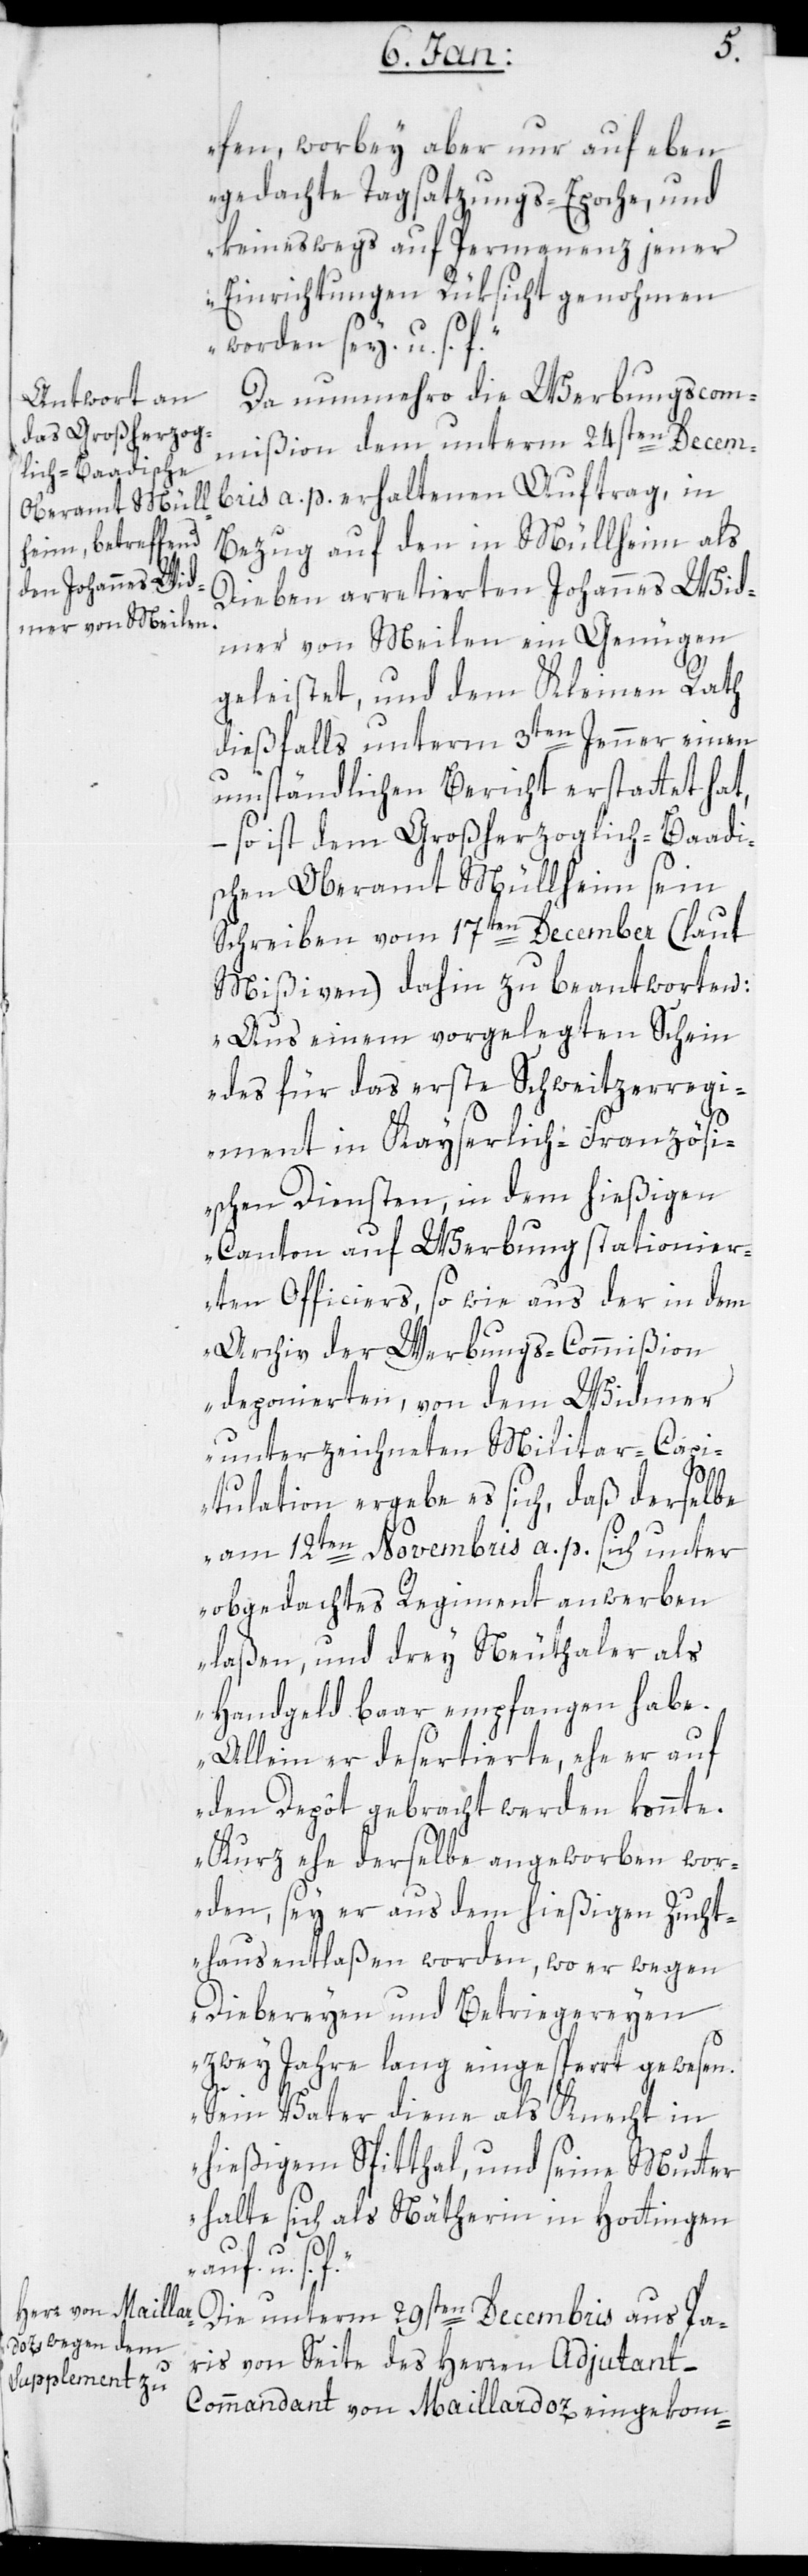
fen, wobey aber nur auf eben
gedachte Tagsatzungs-Epoche, und
keineswegs auf Permanenz jener
Einrichtungen Rücksicht genohmen
worden sey, u. s.
Da nunmehro die Werbungscom¬
mißion dem unterm 24sten Decem¬
bris a. p. erhaltenen Auftrag, in
Bezug auf den in Müllheim als
Dieben arretierten Johannes Wid¬
mer von Meilen ein Genügen
geleistet, und dem Kleinen Rath
diesfalls unterm 3ten Jenner einen
umständlichen Bericht erstattet hat,
– so ist dem Großherzoglich-Baadi¬
schen Oberamt Müllheim sein
Schreiben vom 17ten December (laut
Mißiven) dahin zu beantworten:
„Aus einem vorgelegten Schein
des für das erste Schweitzerregi¬
ment in Kayserlich-Französi¬
schen Diensten, in dem hießigen
Canton auf Werbung stationier¬
ten Officiers, so wie aus der in dem
Archiv der Werbungs-Commißion
deponierten, von dem Widmer
unterzeichneten Militar-Capi¬
tulation ergebe es sich, daß derselbe
am 12ten Novembris a. p. sich unter
obgedachtes Regiment anwerben
laßen, und drey Neuthaler als
Handgeld baar empfangen habe.
Allein er desertierte, ehe er auf
den Depôt gebracht werden konnte.
Kurz ehe derselbe angeworben wor¬
den, sey er aus dem hießigen Zucht¬
haus entlaßen worden, wo er wegen
Diebereyen und Betriegereyen
zwey Jahre lang eingesperrt gewesen.
Sein Vater diene als Knecht in
hießigem Spitthal und seine Mutter
halte sich als Nätherin in Hottingen
u. s. f.“
Die unterm 29sten Decembris aus Pa¬
ris von Seite des Herren Adjudant-C¬
ommandant von Maillardoz eingekom